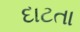
દાટતા